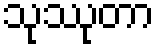
သုဿုတာ